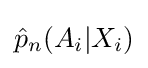
{\hat {p}}_{n}(A_{i}|X_{i})